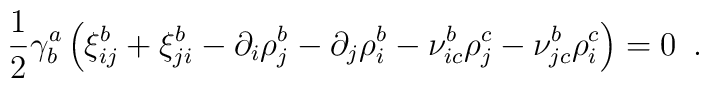
{1\over 2}\gamma^a_b\left(\xi^b_{ij} + \xi^b_{ji} - \partial_i\rho^b_j  -\partial_j\rho^b_i - \nu^b_{ic}\rho^c_j - \nu^b_{jc}\rho^c_i\right)=0\,\,\,.